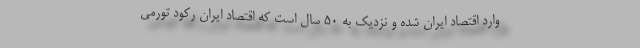
وارد اقتصاد ایران شده و نزدیک به ۵۰ سال است که اقتصاد ایران رکود تورمی